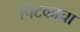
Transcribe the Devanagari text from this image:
पिटकाचा